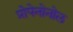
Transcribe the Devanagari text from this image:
प्रोपेनोनोल